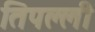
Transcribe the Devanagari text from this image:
तिपल्ली